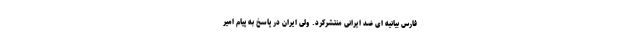
فارس بیانیه ای ضد ایرانی منتشرکرد. ولی ایران در پاسخ به پیام امیر